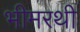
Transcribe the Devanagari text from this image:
भीमरथी